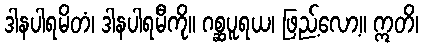
ဒါနပါရမိတံ၊ ဒါနပါရမီကို။ ဂစ္ဆပူရယ၊ ဖြည့်လော့။ ဣတိ၊